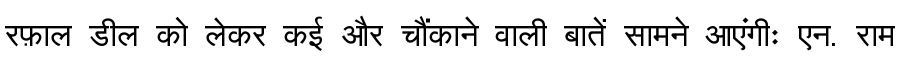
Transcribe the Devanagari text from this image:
रफ़ाल डील को लेकर कई और चौंकाने वाली बातें सामने आएंगीः एन. राम